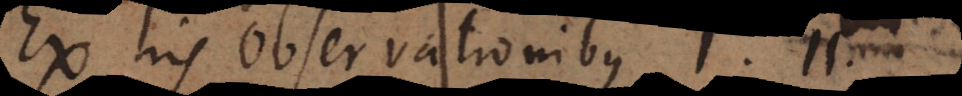
Ex his observationibus I. II.